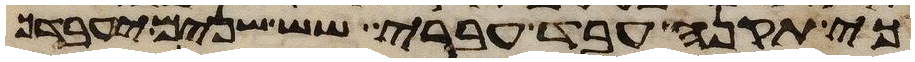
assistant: כי תקנה עבד עברי שש שנים יעבדך